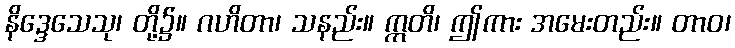
နိဒ္ဒေသေသု၊ တို့၌။ ဂဟိတာ၊ သနည်း။ ဣတိ၊ ဤကား အမေးတည်း။ တာဝ၊